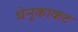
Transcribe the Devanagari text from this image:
धेनुकाकट